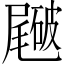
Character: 𥖑